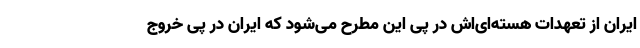
ایران از تعهدات هسته‌ای‌اش در پی این مطرح می‌شود که ایران در پی خروج